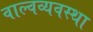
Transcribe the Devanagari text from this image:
वाल्वव्यवस्था